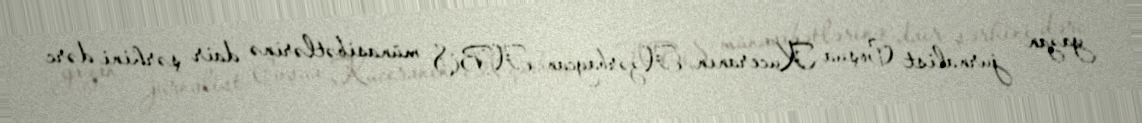
yazan jurnalist Coşua Kuceranın Azərbaycan-ABŞ münasibətlərinə dair şərhini dərc